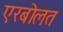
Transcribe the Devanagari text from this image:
एरबोलत